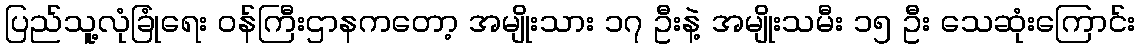
ပြည်သူ့လုံခြုံရေး ဝန်ကြီးဌာနကတော့ အမျိုးသား ၁၇ ဦးနဲ့ အမျိုးသမီး ၁၅ ဦး သေဆုံးကြောင်း